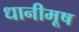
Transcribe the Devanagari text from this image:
धानीमूष